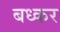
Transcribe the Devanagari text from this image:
बध्कर